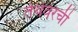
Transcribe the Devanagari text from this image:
तेथवरची